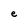
Character: e